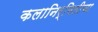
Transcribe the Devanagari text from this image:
कलानिर्मितीचा